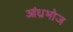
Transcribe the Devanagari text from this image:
आंध्रभोज